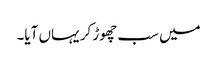
میں سب چھوڑ کر یہاں آیا۔